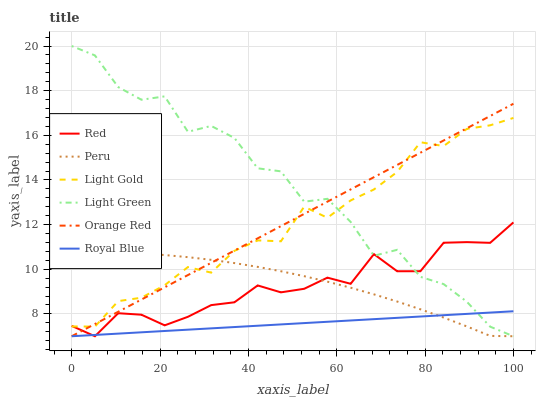
| xaxis_label | Red | Peru | Light Gold | Light Green | Orange Red | Royal Blue |
 | --- | --- | --- | --- | --- | --- | --- |
 | 0 | 7.47 | 10.8 | 7.44 | 20 | 7 | 7 |
 | 5.26 | 7 | 10.8 | 7.43 | 19.6 | 7.55 | 7.06 |
 | 10.5 | 8.03 | 10.8 | 8.57 | 18.2 | 8.1 | 7.12 |
 | 15.8 | 7.96 | 10.7 | 8.73 | 17.6 | 8.64 | 7.18 |
 | 21.1 | 7.49 | 10.6 | 9.29 | 17.7 | 9.19 | 7.24 |
 | 26.3 | 7.87 | 10.5 | 10.1 | 16.2 | 9.74 | 7.29 |
 | 31.6 | 8.39 | 10.4 | 9.85 | 16.4 | 10.3 | 7.35 |
 | 36.8 | 8.52 | 10.3 | 10.8 | 15.9 | 10.8 | 7.41 |
 | 42.1 | 9.28 | 10.1 | 11.3 | 14.5 | 11.4 | 7.47 |
 | 47.4 | 8.97 | 9.91 | 11.3 | 14.4 | 11.9 | 7.53 |
 | 52.6 | 9.13 | 9.69 | 12.8 | 13 | 12.5 | 7.59 |
 | 57.9 | 9.62 | 9.45 | 12.3 | 13.2 | 13 | 7.65 |
 | 63.2 | 9.35 | 9.17 | 13.1 | 12.1 | 13.6 | 7.71 |
 | 68.4 | 10.7 | 8.88 | 13.6 | 10.6 | 14.1 | 7.77 |
 | 73.7 | 9.91 | 8.56 | 14.4 | 10.9 | 14.7 | 7.82 |
 | 78.9 | 9.91 | 8.21 | 15.7 | 9.66 | 15.2 | 7.88 |
 | 84.2 | 11.2 | 7.84 | 15.5 | 9.33 | 15.8 | 7.94 |
 | 89.5 | 11.2 | 7.44 | 16.3 | 8.54 | 16.3 | 8 |
 | 94.7 | 11.2 | 7.02 | 16.4 | 7.43 | 16.9 | 8.06 |
 | 100 | 12.1 | 7 | 16.8 | 7 | 17.4 | 8.12 |